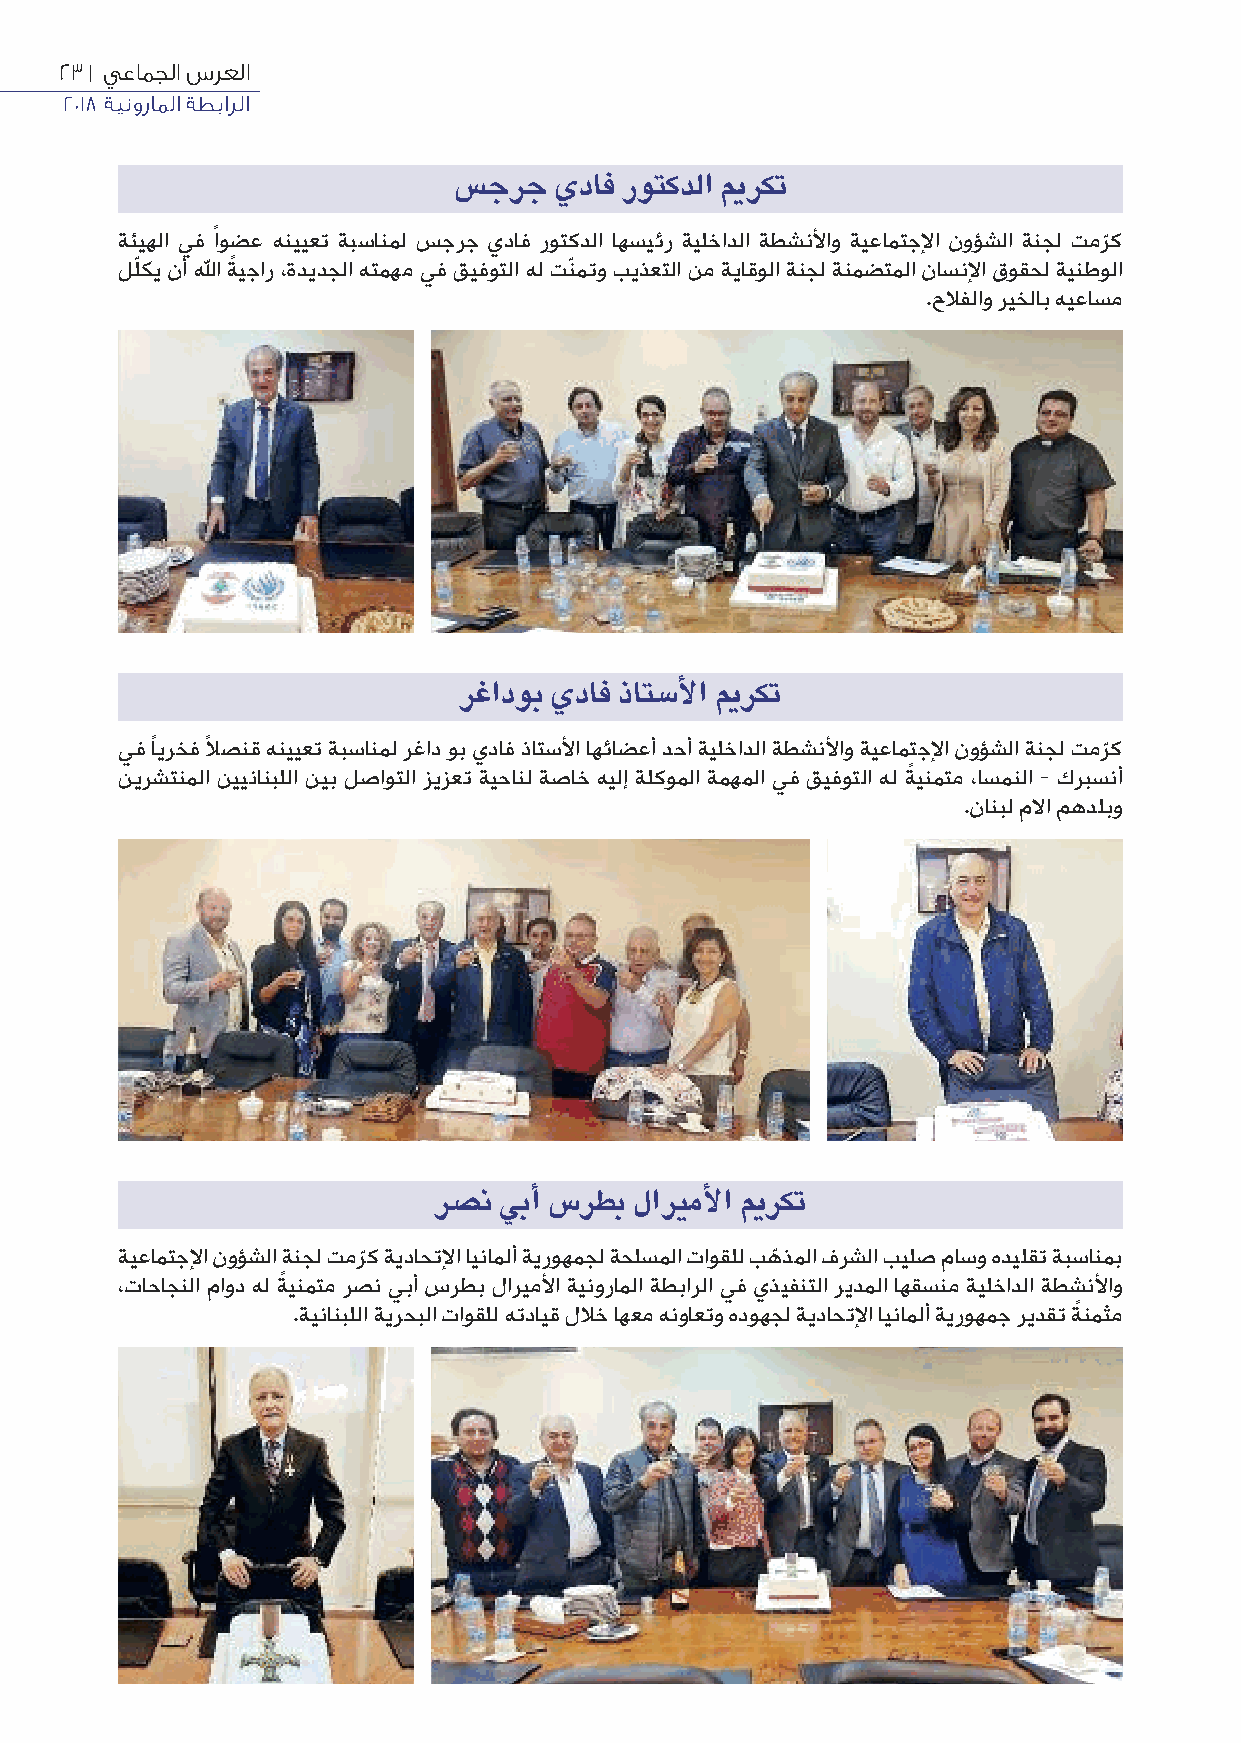
23 | يعامجلا سرعلا
 2018 ةينوراملا ةطبارلا
 سسجرج  يداف روتكدلا ركت
 ةئيهلا يف ًاوضع هنييعت ةبسانمل سجرج يداف روتكدلا اهسيئر ةيلخادلا ةطشنﻷاو ةيعامتجﻹا نوؤشلا ةنجل تمرك
 ّ
 لّلكي نأ ﷲا ةًيجار ،ةديدجلا هتمهم يف قيفوتلا هل تّنمتو بيذعتلا نم ةياقولا ةنجل ةنمضتملا ناسنﻹا قوقحل ةينطولا
 .حﻼفلاو ريخلاب هيعاسم
 رغادوب يداف ذاتشسلأ ا ركت
 يف اًيرخف ﻼً صنق هنييعت ةبسانمل رغاد وب يداف ذاتسﻷا اهئاضعأ دحأ ةيلخادلا ةطشنﻷاو ةيعامتجﻹا نوؤشلا ةنجل تمر ّك
 نيرشتنملا نيينانبللا نيب لصاوتلا زيزعت ةيحانل ةصاخ هيلإ ةلكوملا ةمهملا يف قيفوتلا هل ةًينمتم ،اسمنلا - كربسنأ
 .نانبل مﻻا مهدلبو
 رشصن يباأ سسرطب لاملأ ا ركت
 ةيعامتجﻹا نوؤشلا ةنجل تمر ّك ةيداحتﻹا ايناملأ ةيروهمجل ةحلسملا تاوقلل بهّذملا فرشلا بيلص ماسو هديلقت ةبسانمب
 ،تاحاجنلا ماود هل ةًينمتم رصن يبأ سرطب لاريمﻷا ةينوراملا ةطبارلا يف يذيفنتلا ريدملا اهقسنم ةيلخادلا ةطشنﻷاو
 .ةينانبللا ةيرحبلا تاوقلل هتدايق لﻼخ اهعم هنواعتو هدوهجل ةيداحتﻹا ايناملأ ةيروهمج ريدقت ةًنمثم